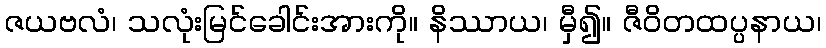
ဇယဗလံ၊ သလုံးမြင်ခေါင်းအားကို။ နိဿာယ၊ မှီ၍။ ဇီဝိတထပ္ပနာယ၊